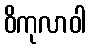
ဝိကုလာဝါ